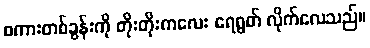
စကားတစ်ခွန်းကို တိုးတိုးကလေး ရေရွတ် လိုက်လေသည်။